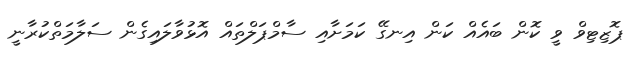
ޕޮޒިޓިވް ވީ ކޮން ބައެއް ކަން އިނގޭ ކަމަށާއި ސާމްޕަލްތައް އޮޅުވާލައިގެން ސަލާމަތްކުރާނީ